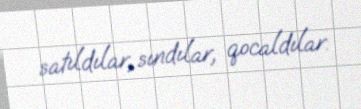
satıldılar, sındılar, qocaldılar.